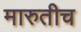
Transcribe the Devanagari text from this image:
मारुतीच